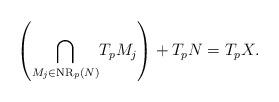
LaTeX: \begin{align*}{}\left(\underset{M_j \in \operatorname{NR}_p(N)}{\bigcap} T_pM_j\right) + T_pN = T_pX.\end{align*}